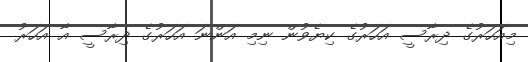
މިއަހަރުގެ ދިރާސީ އަހަރުގެ ކިޔެވުން ނިިމި އަންނަ އަހަރުގެ ދިރާސީ އާ އަހަރު